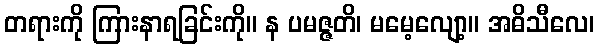
တရားကို ကြားနာရခြင်းကို။ န ပမဇ္ဇတိ၊ မမေ့လျော့။ အဓိသီလေ၊